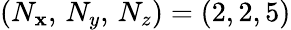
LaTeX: (N_{\mathbf{x}},\, N_{y},\, N_{z})=(2,2,5)